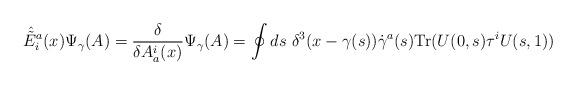
LaTeX: \begin{align*}\hat{\tilde{E}}^a_i(x) \Psi_\gamma(A) = {\delta \over \delta A_a^i(x)}\Psi_\gamma(A)=\oint ds \ \delta^3(x-\gamma(s)) \dot{\gamma}^a(s) {\rm Tr}(U(0,s) \tau^iU(s,1)) \end{align*}